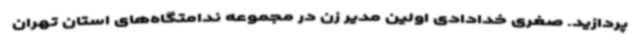
پردازید. صغری خدادادی اولین مدیر زن در مجموعه ندامتگاه‌های استان تهران